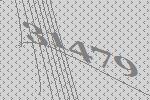
31479